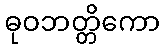
ဓုဝဘတ္တိကော